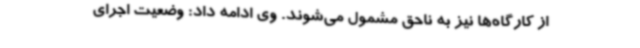
از کارگاه‌ها نیز به ناحق مشمول می‌شوند. وی ادامه داد: وضعیت اجرای